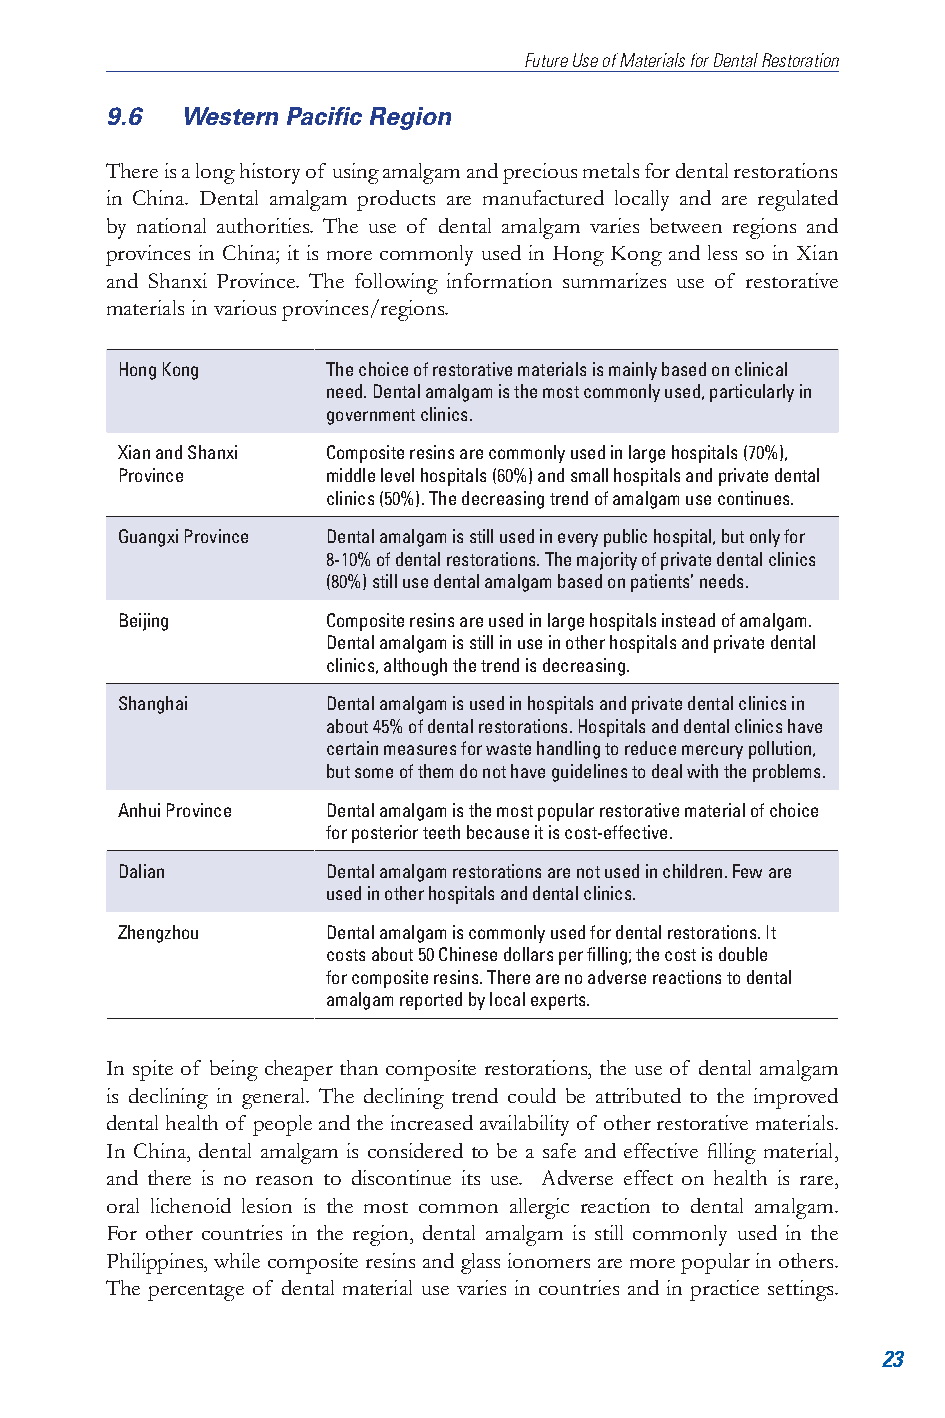
Future Use of Materials for Dental Restoration
 9.6  Western Pacific Region
 There is a long history of using amalgam and precious metals for dental restorations
 in China. Dental amalgam products are manufactured locally and are regulated
 by national authorities. The use of dental amalgam varies between regions and
 provinces in China; it is more commonly used in Hong Kong and less so in Xian
 and Shanxi Province. The following information summarizes use of restorative
 materials in various provinces/regions.
 Hong Kong     The choice of restorative materials is mainly based on clinical
 need. Dental amalgam is the most commonly used, particularly in
 government clinics.
 Xian and Shanxi Composite resins are commonly used in large hospitals (70%),
 Province      middle level hospitals (60%) and small hospitals and private dental
 clinics (50%). The decreasing trend of amalgam use continues.
 Guangxi Province Dental amalgam is still used in every public hospital, but only for
 8-10% of dental restorations. The majority of private dental clinics
 (80%) still use dental amalgam based on patients’ needs.
 Beijing       Composite resins are used in large hospitals instead of amalgam.
 Dental amalgam is still in use in other hospitals and private dental
 clinics, although the trend is decreasing.
 Shanghai      Dental amalgam is used in hospitals and private dental clinics in
 about 45% of dental restorations. Hospitals and dental clinics have
 certain measures for waste handling to reduce mercury pollution,
 but some of them do not have guidelines to deal with the problems.
 Anhui Province Dental amalgam is the most popular restorative material of choice
 for posterior teeth because it is cost-effective.
 Dalian        Dental amalgam restorations are not used in children. Few are
 used in other hospitals and dental clinics.
 Zhengzhou     Dental amalgam is commonly used for dental restorations. It
 costs about 50 Chinese dollars per filling; the cost is double
 for composite resins. There are no adverse reactions to dental
 amalgam reported by local experts.
 In spite of being cheaper than composite restorations, the use of dental amalgam
 is declining in general. The declining trend could be attributed to the improved
 dental health of people and the increased availability of other restorative materials.
 In China, dental amalgam is considered to be a safe and effective filling material,
 and there is no reason to discontinue its use. Adverse effect on health is rare,
 oral lichenoid lesion is the most common allergic reaction to dental amalgam.
 For other countries in the region, dental amalgam is still commonly used in the
 Philippines, while composite resins and glass ionomers are more popular in others.
 The percentage of dental material use varies in countries and in practice settings.
 23